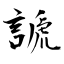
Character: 謕